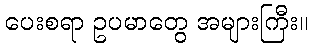
ပေးစရာ ဥပမာတွေ အများကြီး။